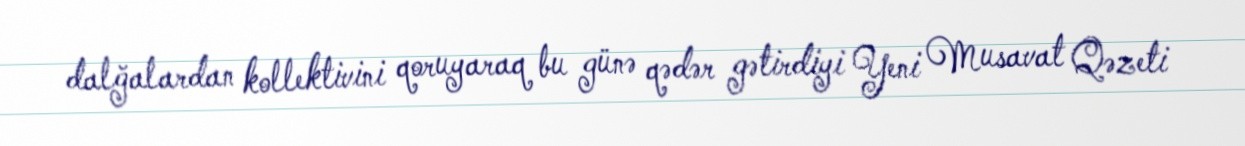
dalğalardan kollektivini qoruyaraq bu günə qədər gətirdiyi Yeni Musavat Qəzeti